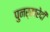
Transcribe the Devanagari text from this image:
पुनर्खरेदी